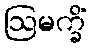
ဩမက္ခိံ